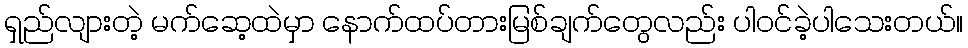
ရှည်လျားတဲ့ မက်ဆေ့ထဲမှာ နောက်ထပ်တားမြစ်ချက်တွေလည်း ပါဝင်ခဲ့ပါသေးတယ်။